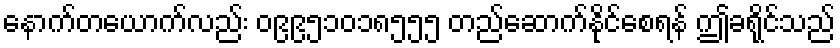
နောက်တယောက်လည်း ၀၉၉၅၁၀၁၈၅၅၅ တည်ဆောက်နိုင်စေရန် ဤခရိုင်သည်